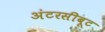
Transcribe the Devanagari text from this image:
अंटरसीबूट